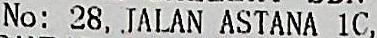
NO: 28, JALAN ASTANA 1C,